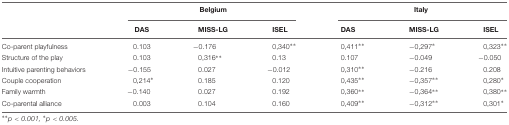
<table><thead><tr><td></td><td colspan="3"><b>Belgium</b></td><td colspan="3"><b>Italy</b></td></tr><tr><td></td><td><b>DAS</b></td><td><b>MISS-LG</b></td><td><b>ISEL</b></td><td><b>DAS</b></td><td><b>MISS-LG</b></td><td><b>ISEL</b></td></tr></thead><tbody><tr><td>Co-parent playfulness</td><td>0.103</td><td>-0.176</td><td>0,340<sup>∗∗</sup></td><td>0,411<sup>∗∗</sup></td><td>-0,297<sup>∗</sup></td><td>0,323<sup>∗∗</sup></td></tr><tr><td>Structure of the play</td><td>0.103</td><td>0,316<sup>∗∗</sup></td><td>0.13</td><td>0.107</td><td>-0.049</td><td>-0.050</td></tr><tr><td>Intuitive parenting behaviors</td><td>-0.155</td><td>0.027</td><td>-0.012</td><td>0,310<sup>∗∗</sup></td><td>-0.216</td><td>0.208</td></tr><tr><td>Couple cooperation</td><td>0,214<sup>∗</sup></td><td>0.185</td><td>0.120</td><td>0,435<sup>∗∗</sup></td><td>-0,357<sup>∗∗</sup></td><td>0,280<sup>∗</sup></td></tr><tr><td>Family warmth</td><td>-0.140</td><td>0.027</td><td>0.192</td><td>0,360<sup>∗∗</sup></td><td>-0,364<sup>∗∗</sup></td><td>0,380<sup>∗∗</sup></td></tr><tr><td>Co-parental alliance</td><td>0.003</td><td>0.104</td><td>0.160</td><td>0,409<sup>∗∗</sup></td><td>-0,312<sup>∗∗</sup></td><td>0,301<sup>∗</sup></td></tr></tbody></table>